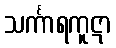
သင်္ကာရကူဋာ